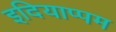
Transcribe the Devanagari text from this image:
इदियाप्पम